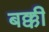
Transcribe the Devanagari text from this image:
बक्की